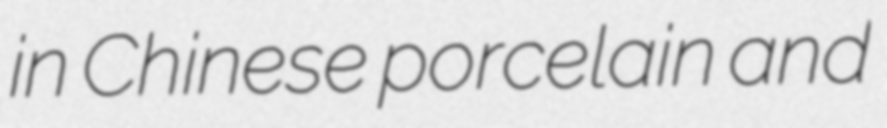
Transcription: in Chinese porcelain and